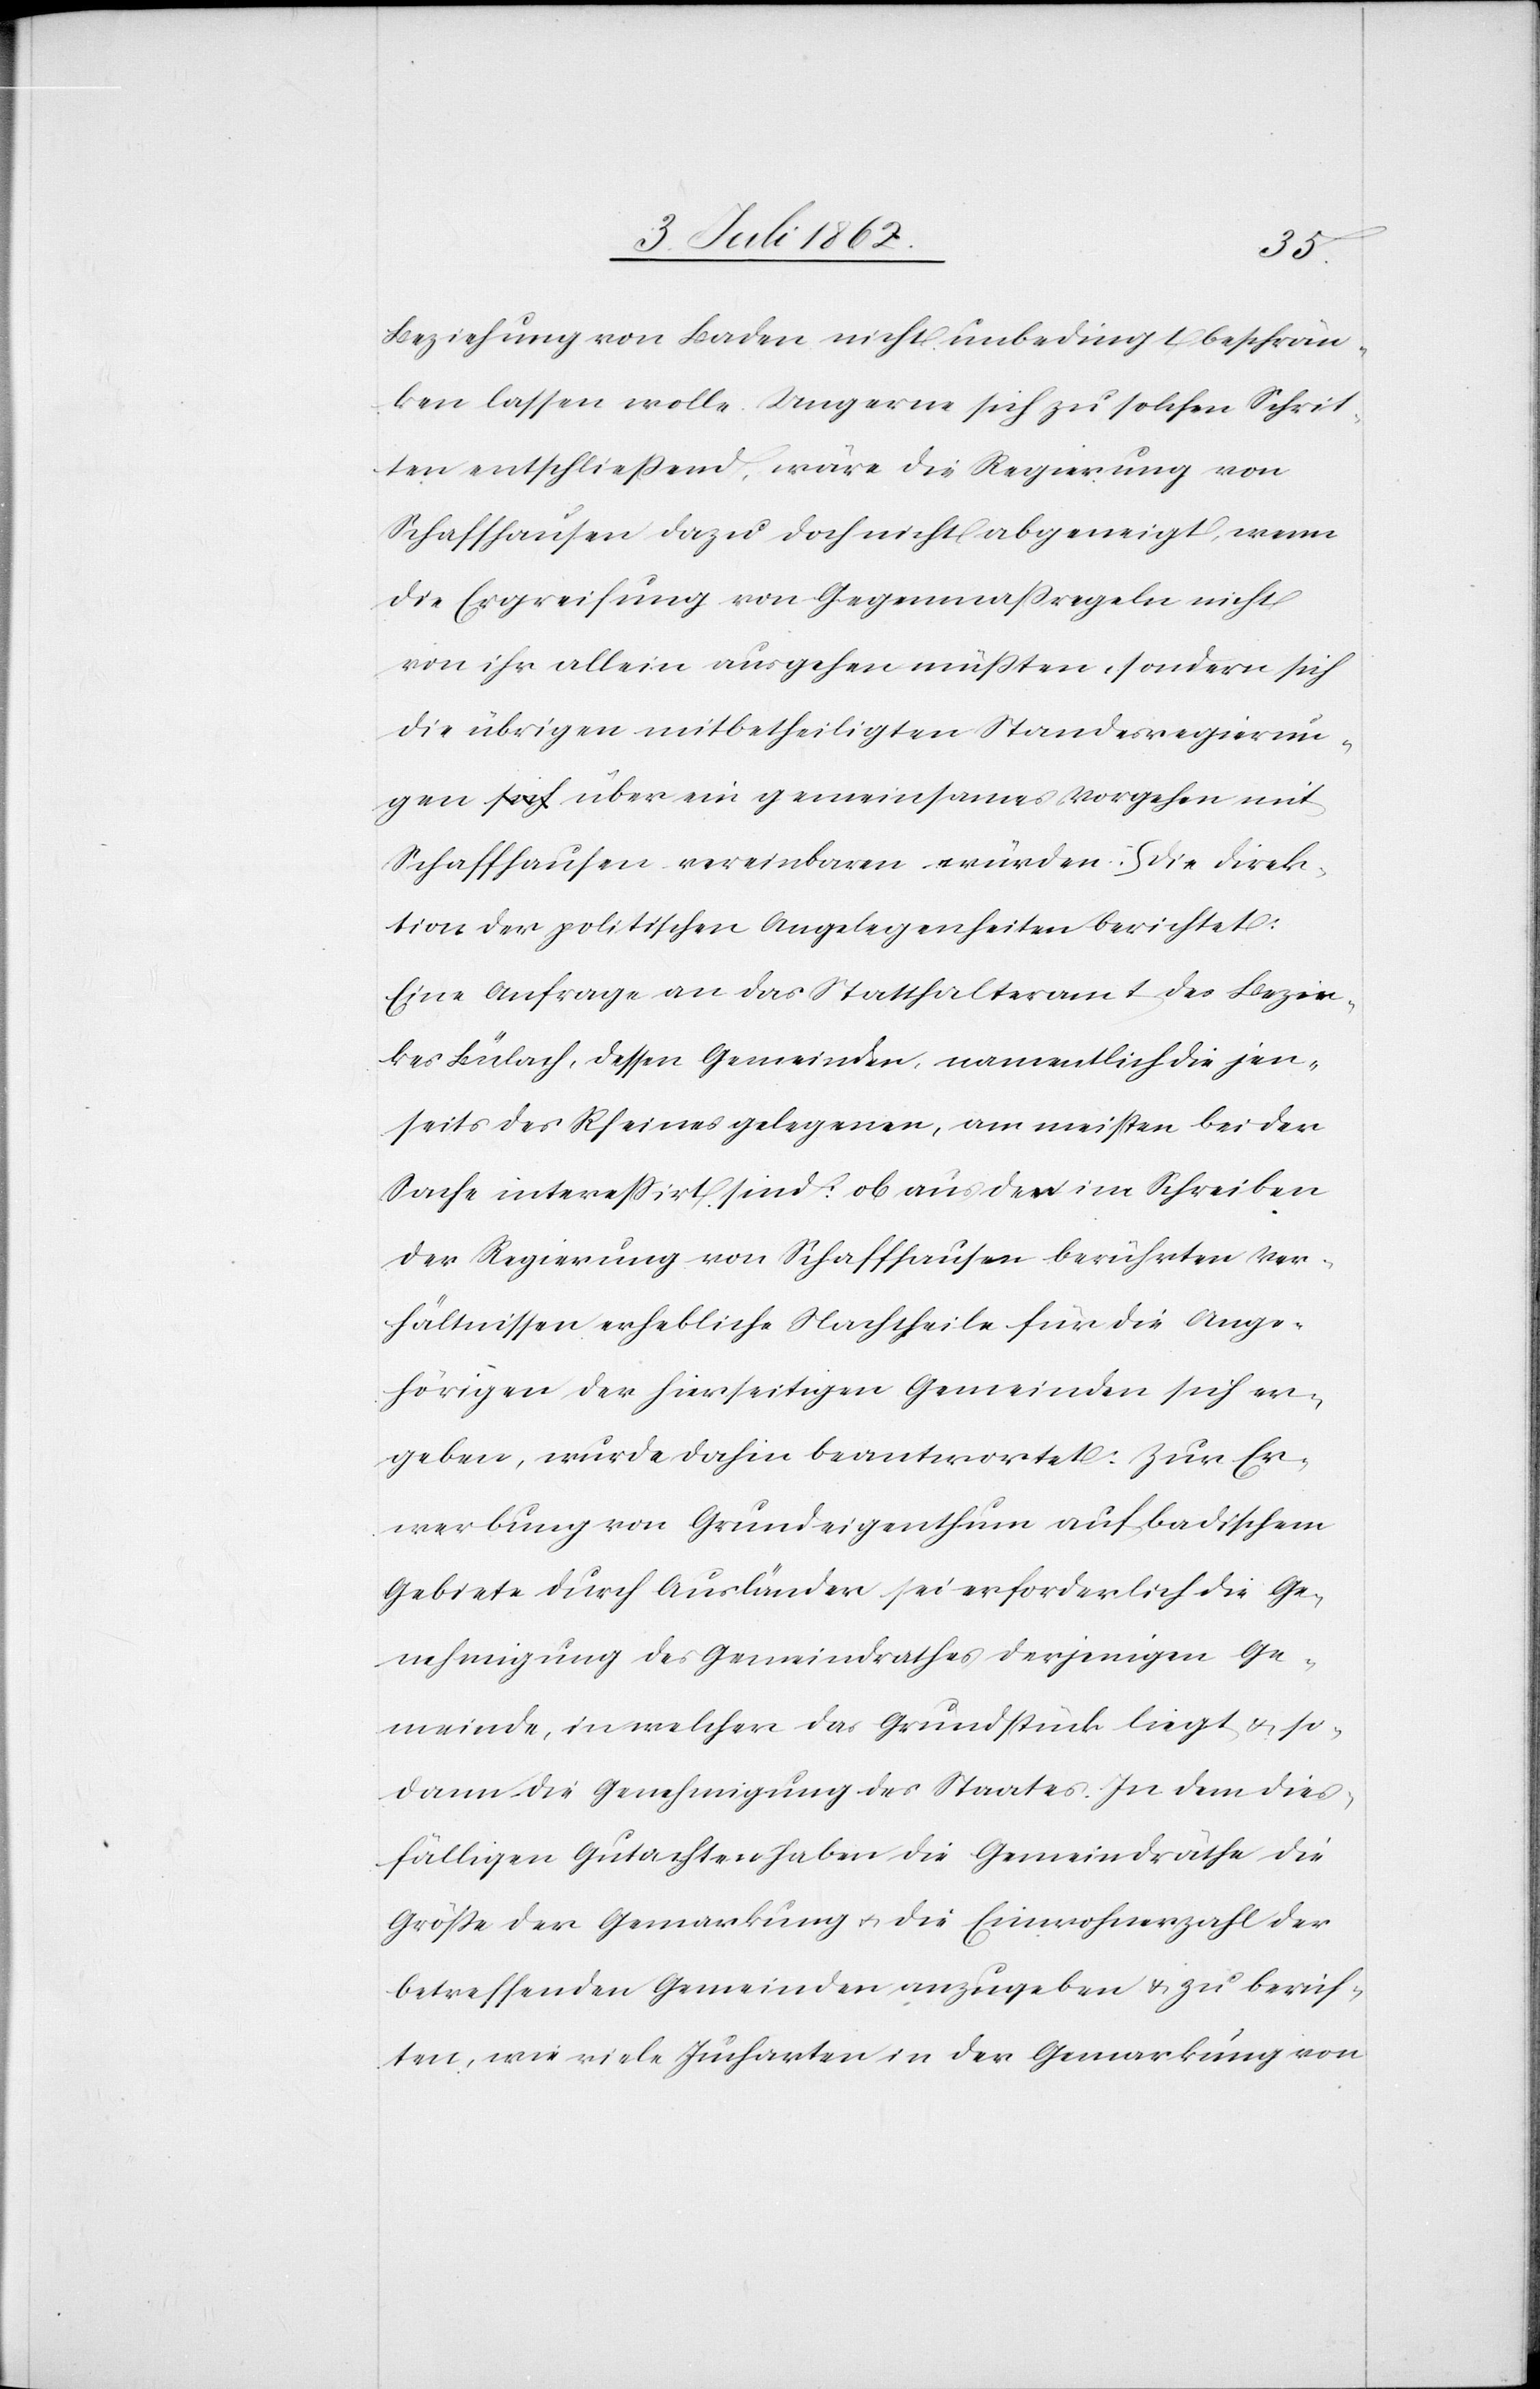
Beziehung von Baden nicht unbedingt beschrän¬
kten lassen wolle. Ungerne sich zu solchen Schrit¬
ten entschließend, wäre die Regierung von
Schaffhausen dazu doch nicht abgeneigt, wenn
die Ergreifung von Gegenmaßregeln nicht
von ihr allein ausgehen müßten, sondern sich
die übrigen mitbetheiligten Standesregierun¬
gen über ein gemeinsames Vorgehen mit
Schaffhausen vereinbaren würden. Die Direk¬
tion der politischen Angelegenheiten berichtet:
Eine Anfrage an das Statthalteramt des Bezir¬
kes Bülach, dessen Gemeinden, namentlich die jen¬
seits des Rheines gelegenen, am meisten bei der
Sache interessirt sind: ob aus der im Schreiben
der Regierung von Schaffhausen berührten Ver¬
hältnissen erhebliche Nachtheile für die Ange¬
hörigen der hierseitigen Gemeinden sich er¬
geben, wurde dahin beantwortet: Zur Er¬
werbung von Grundeigenthum auf badischem
Gebiete durch Ausländer sei erforderlich die Ge¬
nehmigung des Gemeindrathes derjenigen Ge¬
meinde, in welcher das Grundstück liegt u. so¬
dann die Genehmigung des Staates. In dem dies¬
fälligen Gutachten haben die Gemeindräthe die
Größe der Gemarkung u. die Einwohnerzahl der
betreffenden Gemeinden anzugeben u. zu berich¬
ten, wie viele Jucharten in der Gemarkung von